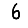
Digit: 6